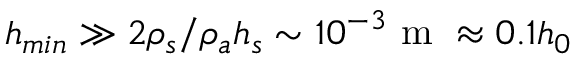
h _ { m i n } \gg 2 \rho _ { s } / \rho _ { a } h _ { s } \sim 1 0 ^ { - 3 } \mathrm { ~ m ~ } \approx 0 . 1 h _ { 0 }